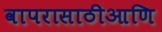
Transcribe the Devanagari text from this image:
वापरासाठीआणि